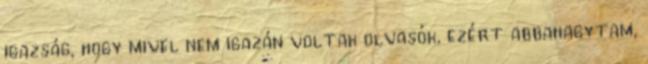
igazság, hogy mivel nem igazán voltak olvasók, ezért abbahagytam,